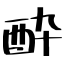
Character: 酔